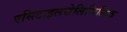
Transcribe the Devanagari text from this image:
एसिटाइलसेलिसिलिक